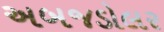
અબજડોલર